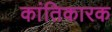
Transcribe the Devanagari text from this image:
कांतिकारक